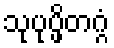
သုပုပ္ဖိတဂ္ဂံ